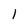
Character: 1